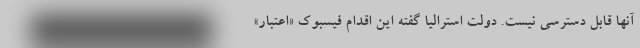
آنها قابل دسترسی نیست. دولت استرالیا گفته این اقدام فیسبوک «اعتبار»